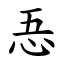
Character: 忢